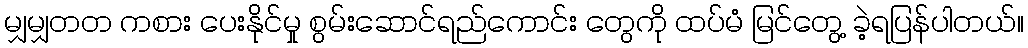
မျှမျှတတ ကစား ပေးနိုင်မှု စွမ်းဆောင်ရည်ကောင်း တွေကို ထပ်မံ မြင်တွေ့ ခဲ့ရပြန်ပါတယ်။